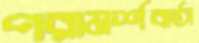
পরামর্শবার্তা